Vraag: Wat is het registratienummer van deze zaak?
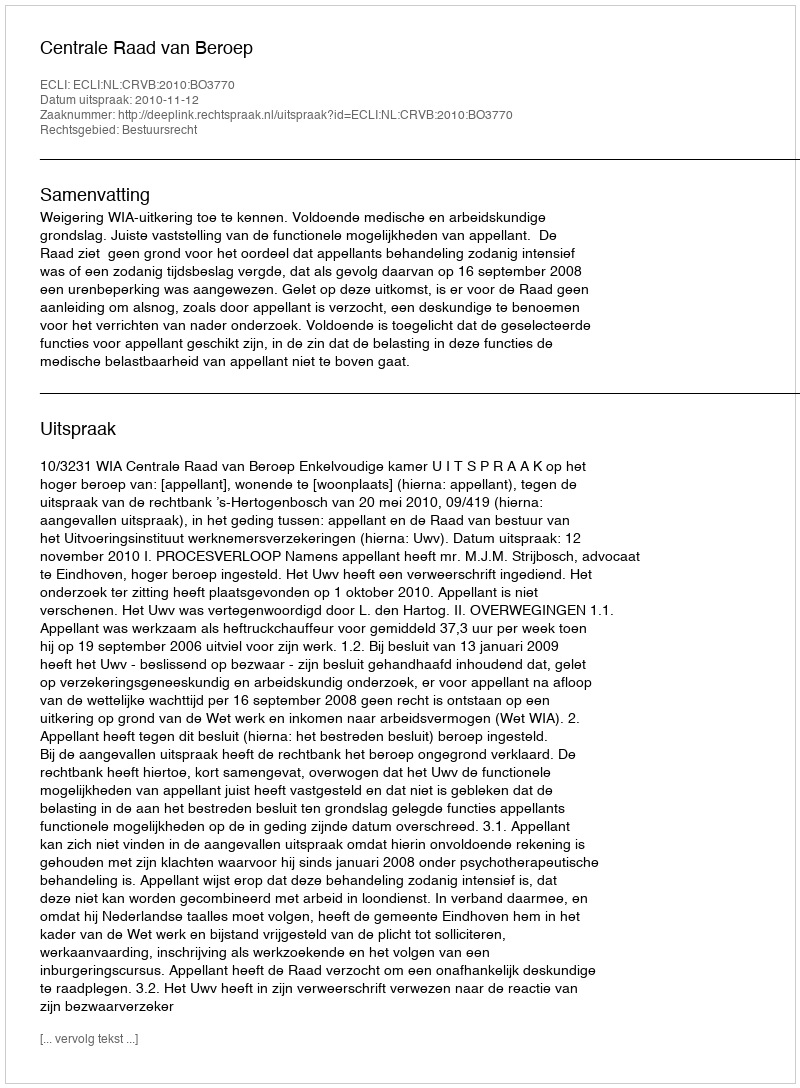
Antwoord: http://deeplink.rechtspraak.nl/uitspraak?id=ECLI:NL:CRVB:2010:BO3770